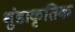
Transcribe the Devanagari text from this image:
शुंडाकृतिक